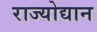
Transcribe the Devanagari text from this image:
राज्योद्यान